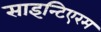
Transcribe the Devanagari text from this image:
साइन्टिएरम